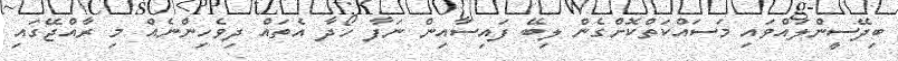
ބިދޭސީންލައްވައި މަސައްކަތްކޮށްގެން ލިބޭ ފައިސާއިން ނަފާ ހޯދާ އެތައް ދިވެހިންނެއް މި ރާއްޖޭގައި